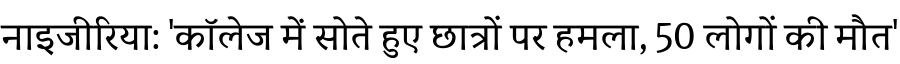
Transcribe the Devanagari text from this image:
नाइजीरिया: 'कॉलेज में सोते हुए छात्रों पर हमला, 50 लोगों की मौत'